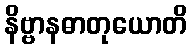
နိဗ္ဗာနဓာတုယောတိ